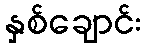
နှစ်ချောင်း